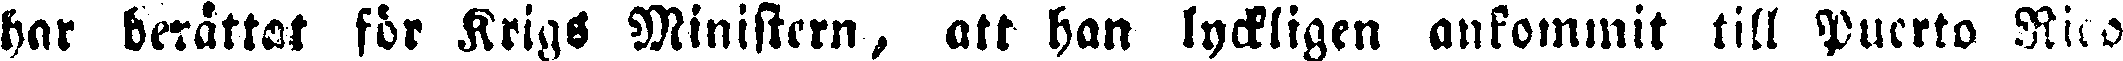
har berättat för KrigS Ministern, att han lyckligen ankommit till Puerto Rico